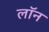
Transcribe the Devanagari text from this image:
लाॅन